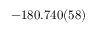
- 1 8 0 . 7 4 0 ( 5 8 )